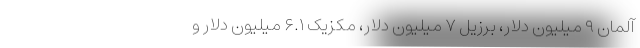
آلمان ۹ میلیون دلار، برزیل ۷ میلیون دلار، مکزیک ۶.۱ میلیون دلار و